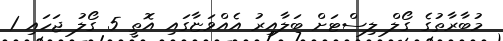
މުބާރާތުގެ ގޯލް ލިސްޓަށް ބަލާއިރު އެއްވަޏާގައި އޮތީ 5 ގޯލު ޖަހައި 1